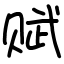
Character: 赋